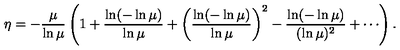
\protect \eta = - { \frac { \mu } { \ln \mu } } \left( 1 + { \frac { \ln ( - \ln \mu ) } { \ln \mu } } + \left( { \frac { \ln ( - \ln \mu ) } { \ln \mu } } \right) ^ { 2 } - { \frac { \ln ( - \ln \mu ) } { ( \ln \mu ) ^ { 2 } } } + \cdots \right) .